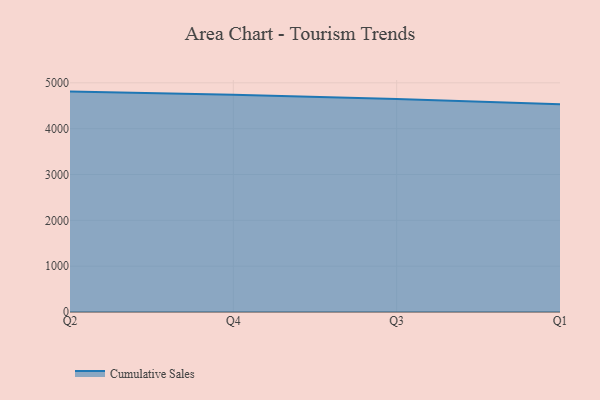
{"axis": {"x": "Quarter", "y": "Market Share (%)"}, "legend": ["Cumulative Sales"], "data": [{"x": "Q2", "y": 4809.1, "type": "Cumulative Sales"}, {"x": "Q4", "y": 4742.2, "type": "Cumulative Sales"}, {"x": "Q3", "y": 4646.0, "type": "Cumulative Sales"}, {"x": "Q1", "y": 4532.3, "type": "Cumulative Sales"}]}